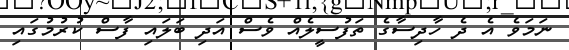
ނަމަވެ އެ ދެ ހާދިސާގެ ތަފުސީލެއް ވެސް އަދި ބަލައި ފާސް ކުރުމުގައި